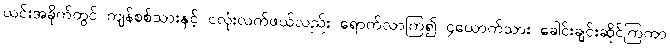
ယင်းအခိုက်တွင် ကျန်စစ်သားနှင့် ငလုံးလက်ဖယ်လည်း ရောက်လာကြ၍ ၄ယောက်သား ခေါင်းချင်းဆိုင်ကြကာ